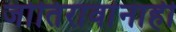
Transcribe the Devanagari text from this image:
जोतिरावांनाही